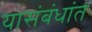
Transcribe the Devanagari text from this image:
यासंबंधांत